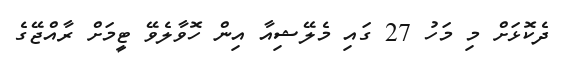
ދެކޮޅަށް މި މަހު 27 ގައި މެލޭޝިއާ އިން ހޮވާލެވޭ ޓީމަށް ރާއްޖޭގެ